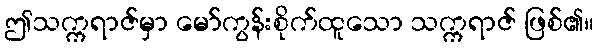
ဤသက္ကရာဇ်မှာ မော်ကွန်းစိုက်ထူသော သက္ကရာဇ် ဖြစ်၏။